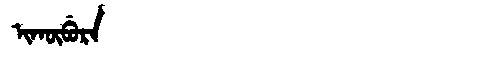
Manchu: ᡳᡴᡡᠪᡠᡵᠠ
Romanization: IKŪBURA